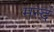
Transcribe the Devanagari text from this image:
मन्दं